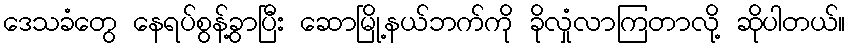
ဒေသခံတွေ နေရပ်စွန့်ခွာပြီး ဆောမြို့နယ်ဘက်ကို ခိုလှုံလာကြတာလို့ ဆိုပါတယ်။